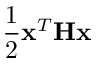
\frac { 1 } { 2 } \mathbf { x } ^ { T } \mathbf { H } \mathbf { x }